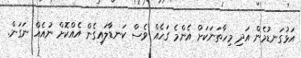
އަޅުގަނޑުމެން އަދި މިހާތަނަކަށް އެންމެ ގަހެއް ވެސް ކަނޑާލައިގެން އެއްކޮށް ނުއެއް ނަގަން.